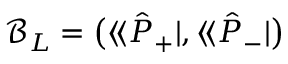
\mathcal { B } _ { L } = \big ( \langle \! \langle \hat { P } _ { + } | , \langle \! \langle \hat { P } _ { - } | \big )